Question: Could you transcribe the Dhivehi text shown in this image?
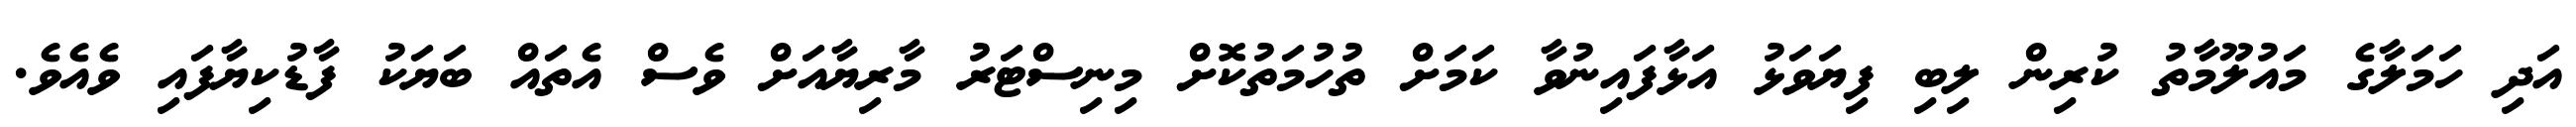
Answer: އަދި ހަމަލާގެ މައުލޫމާތު ކުރިން ލިބި ފިޔަވަޅު އަޅާފައިނުވާ ކަމަށް ތުހުމަތުކޮށް މިނިސްޓަރު މާރިޔާއަށް ވެސް އެތައް ބަޔަކު ފާޑުކިޔާފައި ވެއެވެ.